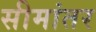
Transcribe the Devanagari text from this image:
सीमांतर